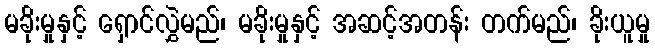
မခိုးမှုနှင့် ရှောင်လွှဲမည်၊ မခိုးမှုနှင့် အဆင့်အတန်း တက်မည်၊ ခိုးယူမှု